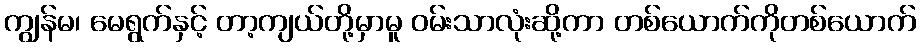
ကျွန်မ၊ မေရွက်နှင့် တာ့ကျယ်တို့မှာမူ ဝမ်းသာလုံးဆို့ကာ တစ်ယောက်ကိုတစ်ယောက်